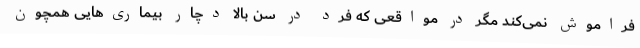
فراموش نمی‌کند مگر در مواقعی که فرد در سن بالا دچار بیماری‌هایی همچون